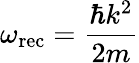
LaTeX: \omega_{\mathrm{rec}}={\frac{\hbar k^{2}}{2m}}